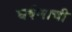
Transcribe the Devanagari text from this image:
घर्षणाची